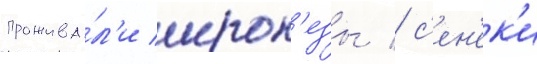
прожива́л'и ирок'езы / с'ен'ек'и